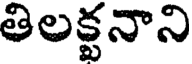
తిలక్టనాని